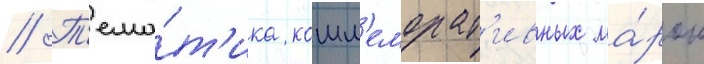
// Т'ема́т'ика комм'еморат'ивных ма́рок